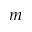
m